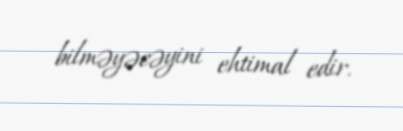
bilməyəcəyini ehtimal edir.